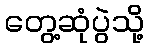
တွေ့ဆုံပွဲသို့